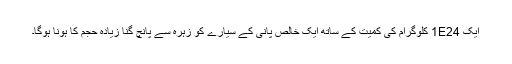
ایک 1E24 کلوگرام کی کمیت کے ساتھ ایک خالص پانی کے سیارے کو زہرہ سے پانچ گنا زیادہ حجم کا ہونا ہوگا۔